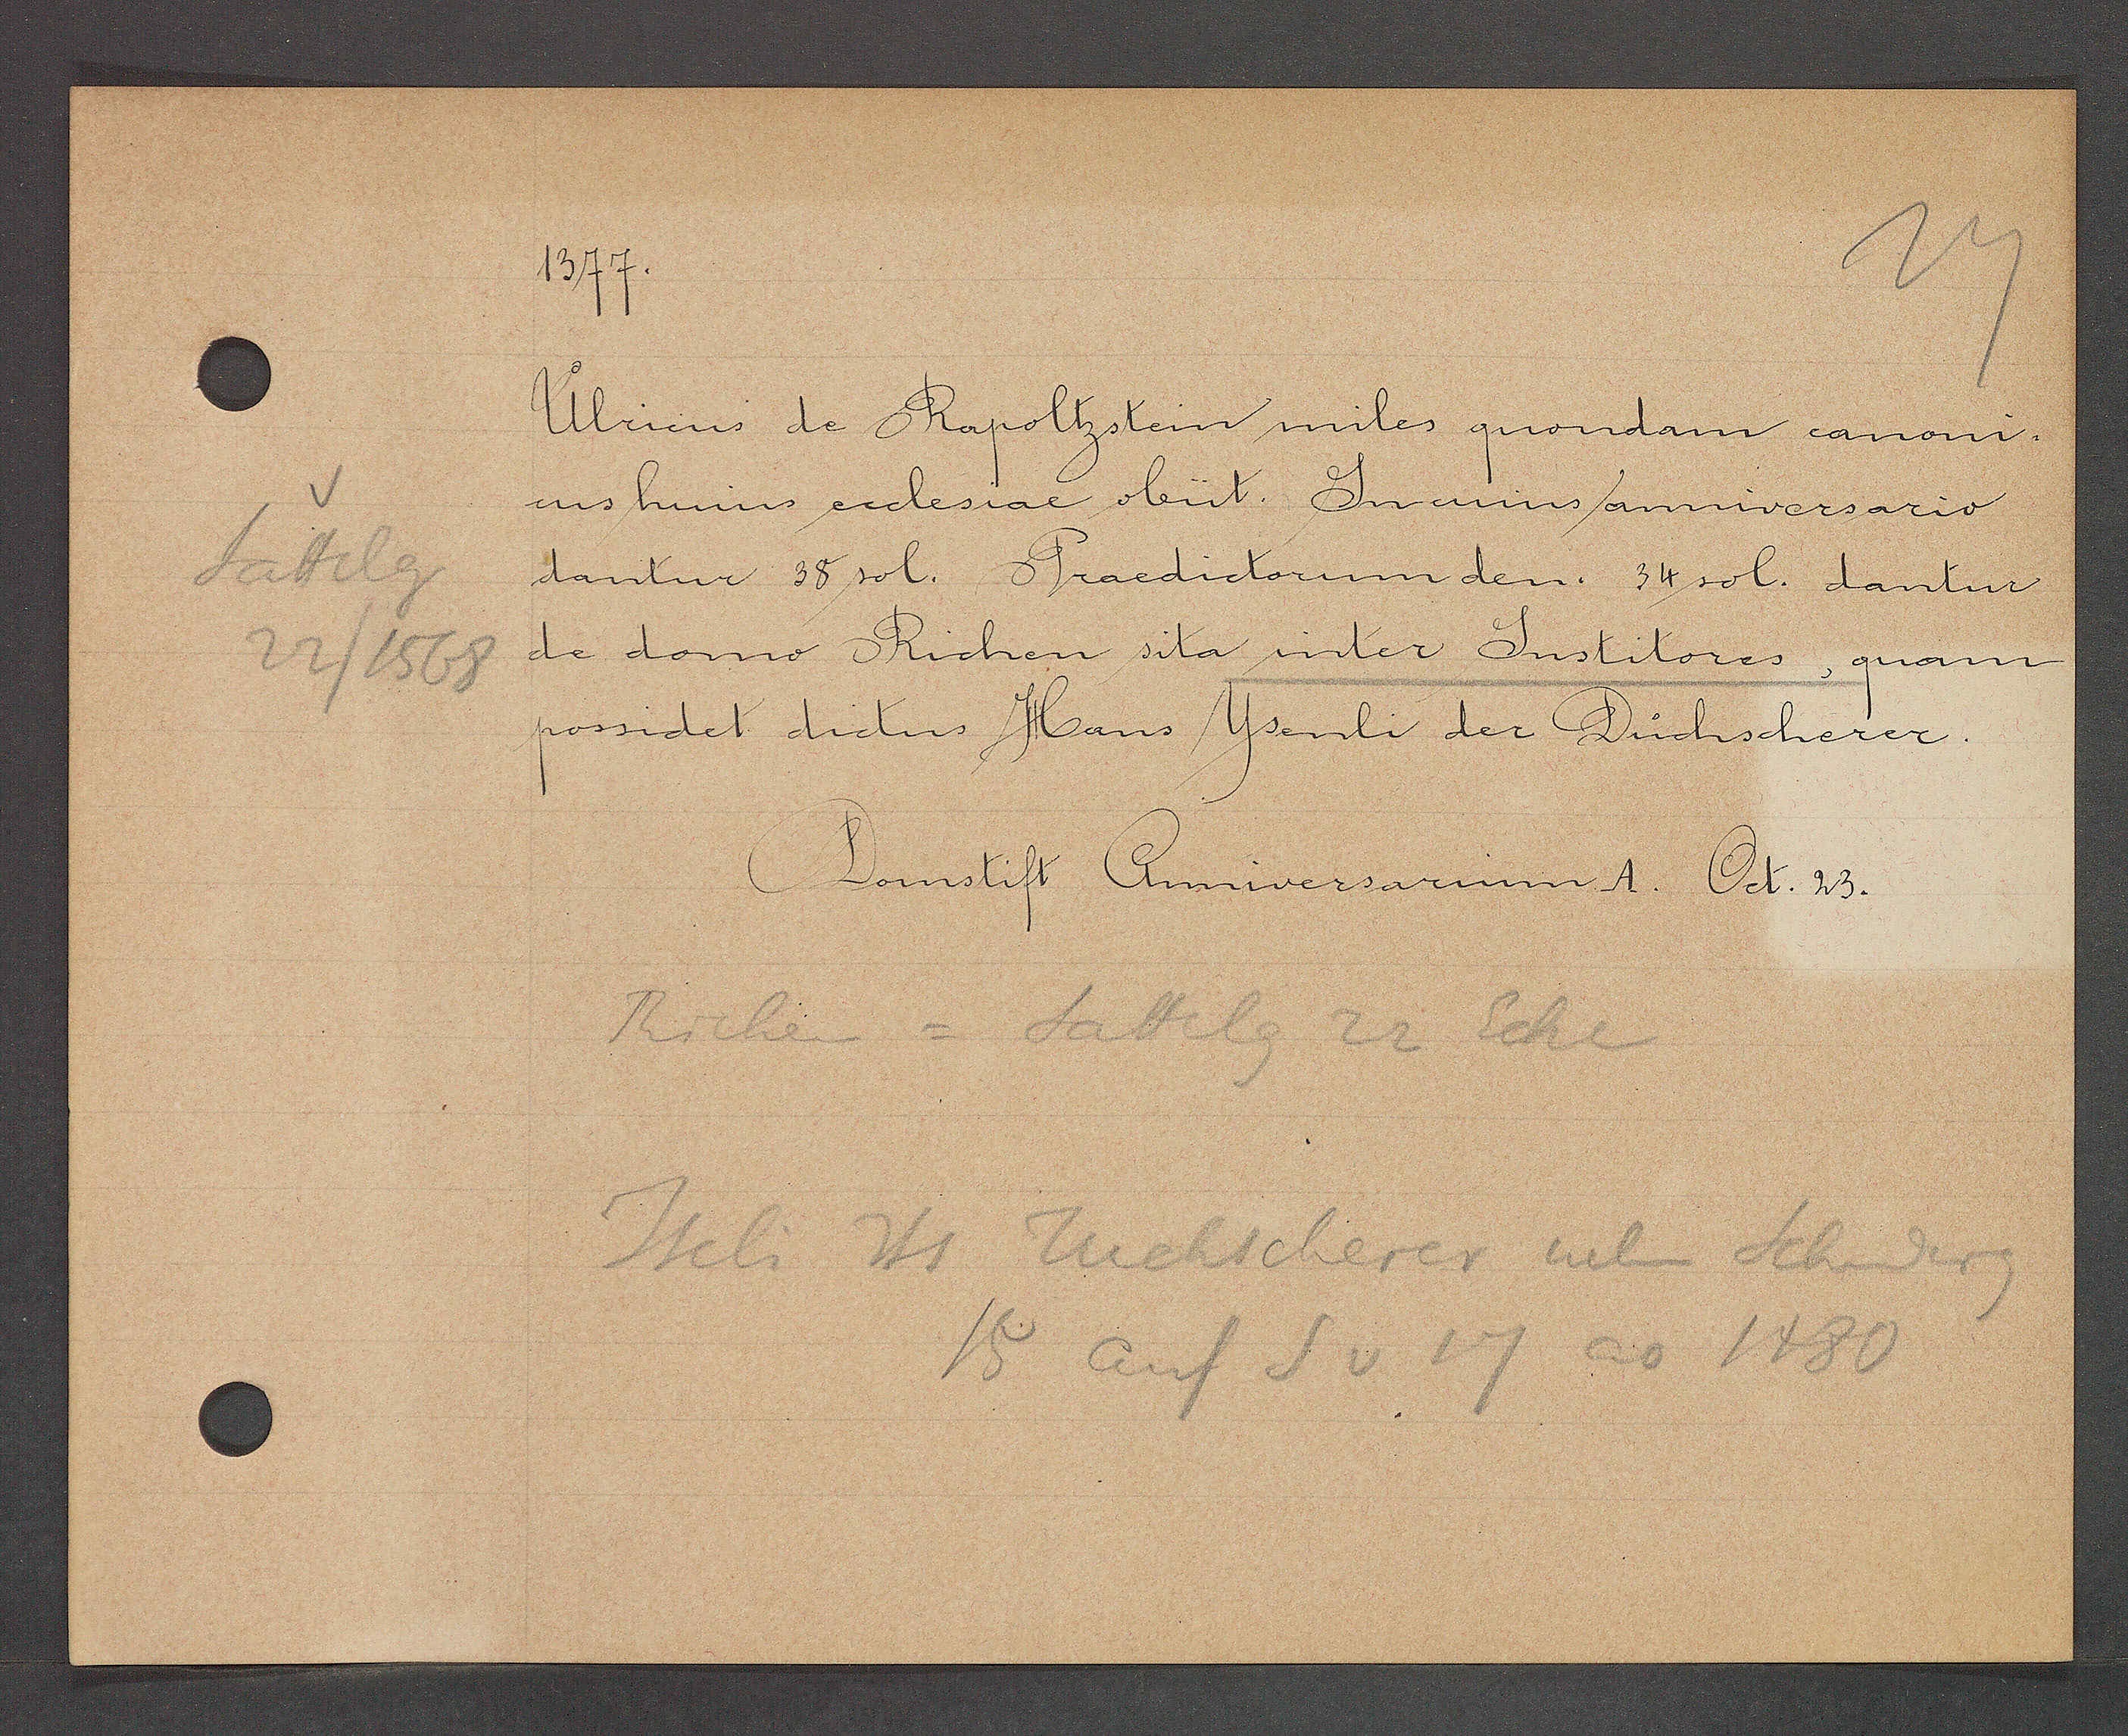
Transcript:
Sattelg
22/1565

1377.

Ulricus de Rapoltzstein miles quondam canoni-
cus huius ecclesiae obiit. Incuius anniversario
dantur 38 sol. Praedictorum den. 34 sol. dantur
de domo Richen sita inter Jnstitores, quam
possidet dictus Hans Jsenli der Duchscherer.

Domstift Anniversarium A. Oct. 23.

Richen = Sattelg 22 Ecke
Iseli Hs Tuchscherer neben Schniderg
15 auf S v 17 ao 1480